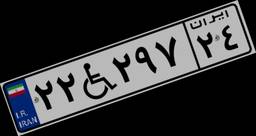
۲۲W۲۹۷۲۴